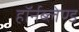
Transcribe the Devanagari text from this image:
हॉर्नब्लेण्ड